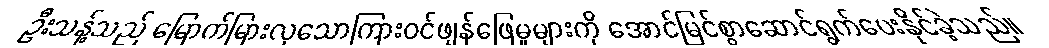
ဦးသန့်သည် မြောက်မြားလှသောကြားဝင်ဖျန်ဖြေမှုများကို အောင်မြင်စွာဆောင်ရွက်ပေးနိုင်ခဲ့သည်။